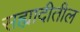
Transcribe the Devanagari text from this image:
सह्यादीतील